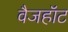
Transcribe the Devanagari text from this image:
वैजहॉट